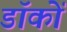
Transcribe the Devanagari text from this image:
डॉकों